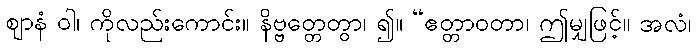
ဈာနံ ဝါ၊ ကိုလည်းကောင်း။ နိဗ္ဗတ္တေတွာ၊ ၍။ “ဧတ္တာဝတာ၊ ဤမျှဖြင့်။ အလံ၊